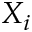
X _ { i }